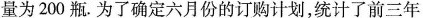
量为200瓶.为了确定六月份的订购计划，统计了前三年